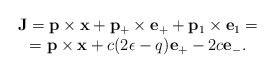
\begin{align*}\begin{array}{c} {\bf J}={\bf p}\times {\bf x} +{\bf p}_+\times {\bf e}_+ +{\bf p}_1\times {\bf e}_1= \\={\bf p}\times {\bf x} +c(2\epsilon -q){\bf e}_+ -2c{\bf e}_-.\end{array}\end{align*}